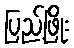
ပြည့်ဖြိုး